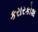
કરારકોશ